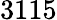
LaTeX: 3115